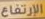
الإرتفاع